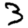
Digit: 3